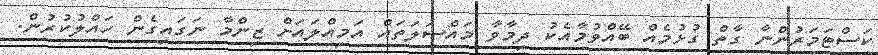
ކަސްޓަމަރުންނާ ގާތް ގުޅުމެއް ބޭއްވުމާއެކު ދިމާވާ މައްސަލަތައް އަމިއްލައަށް ޒިންމާ ނަގައިގެން ހައްލުކުރުން.